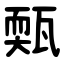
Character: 㼲